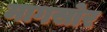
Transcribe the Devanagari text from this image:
मागसोर